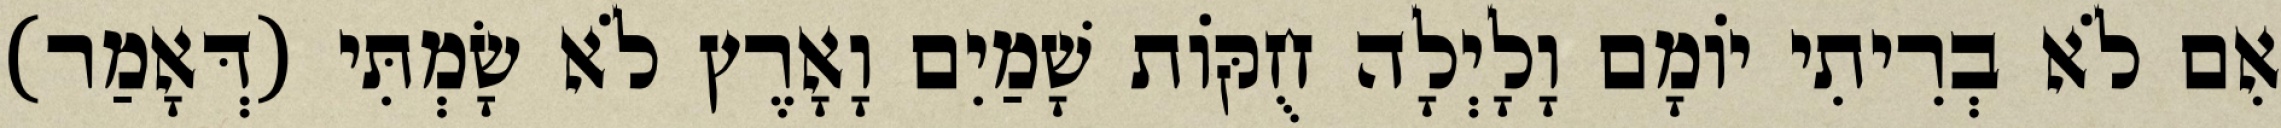
אִם לֹא בְרִיתִי יוֹמָם וָלָיְלָה חֻקּוֹת שָׁמַיִם וָאָרֶץ לֹא שָׂמְתִּי (דְּאָמַר)